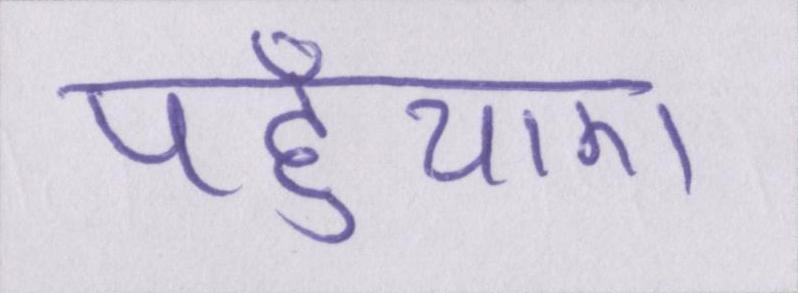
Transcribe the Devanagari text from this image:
पहुँचाए